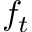
f _ { t }